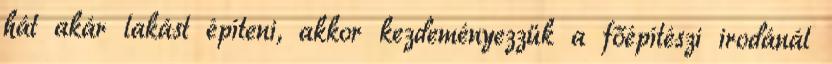
hát akár lakást építeni, akkor kezdeményezzük a főépítészi irodánál